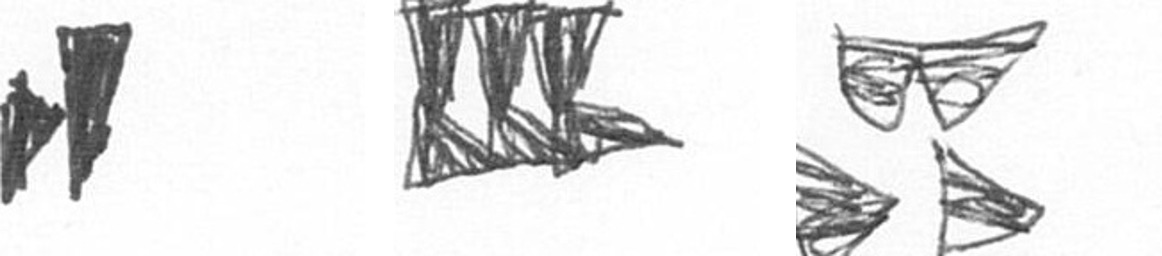
M D B